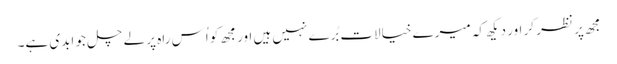
مجھ پر نظر کر اور دیکھ کہ میرے خیالات بُرے نہیں ہیں اور مجھ کو اُس راہ پر لے چل جو ابدی ہے۔